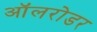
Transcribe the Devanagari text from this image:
ऑलरोडर